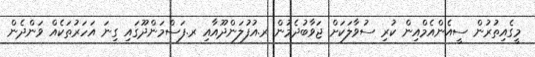
މީގެއިތުރުން ސީއެންއެމްއިން ކުރި ސުވާލަކަށް ޖަވާބުދެމުން ރ.އުފުލަންދޫއާއި ރ.ފަސްމަންދޫގައި ގިނަ އަހަރުތަކެއް ވަންދެން